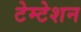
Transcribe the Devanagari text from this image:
टेम्टेशन